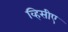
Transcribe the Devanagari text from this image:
व्हिसीए